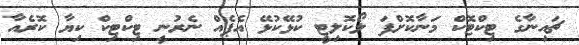
ޗައިނާގެ ޓިކްޓޮކް މަނާކޮށްފަ ލޯކޮލިޓީ ކުޅޭކުޅޭ އެޕެއް ނެރުނީ ޓިކްޓިކް ކިޔާ ކޮރެއާ